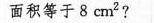
面积等于8cm2?